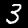
Digit: 3